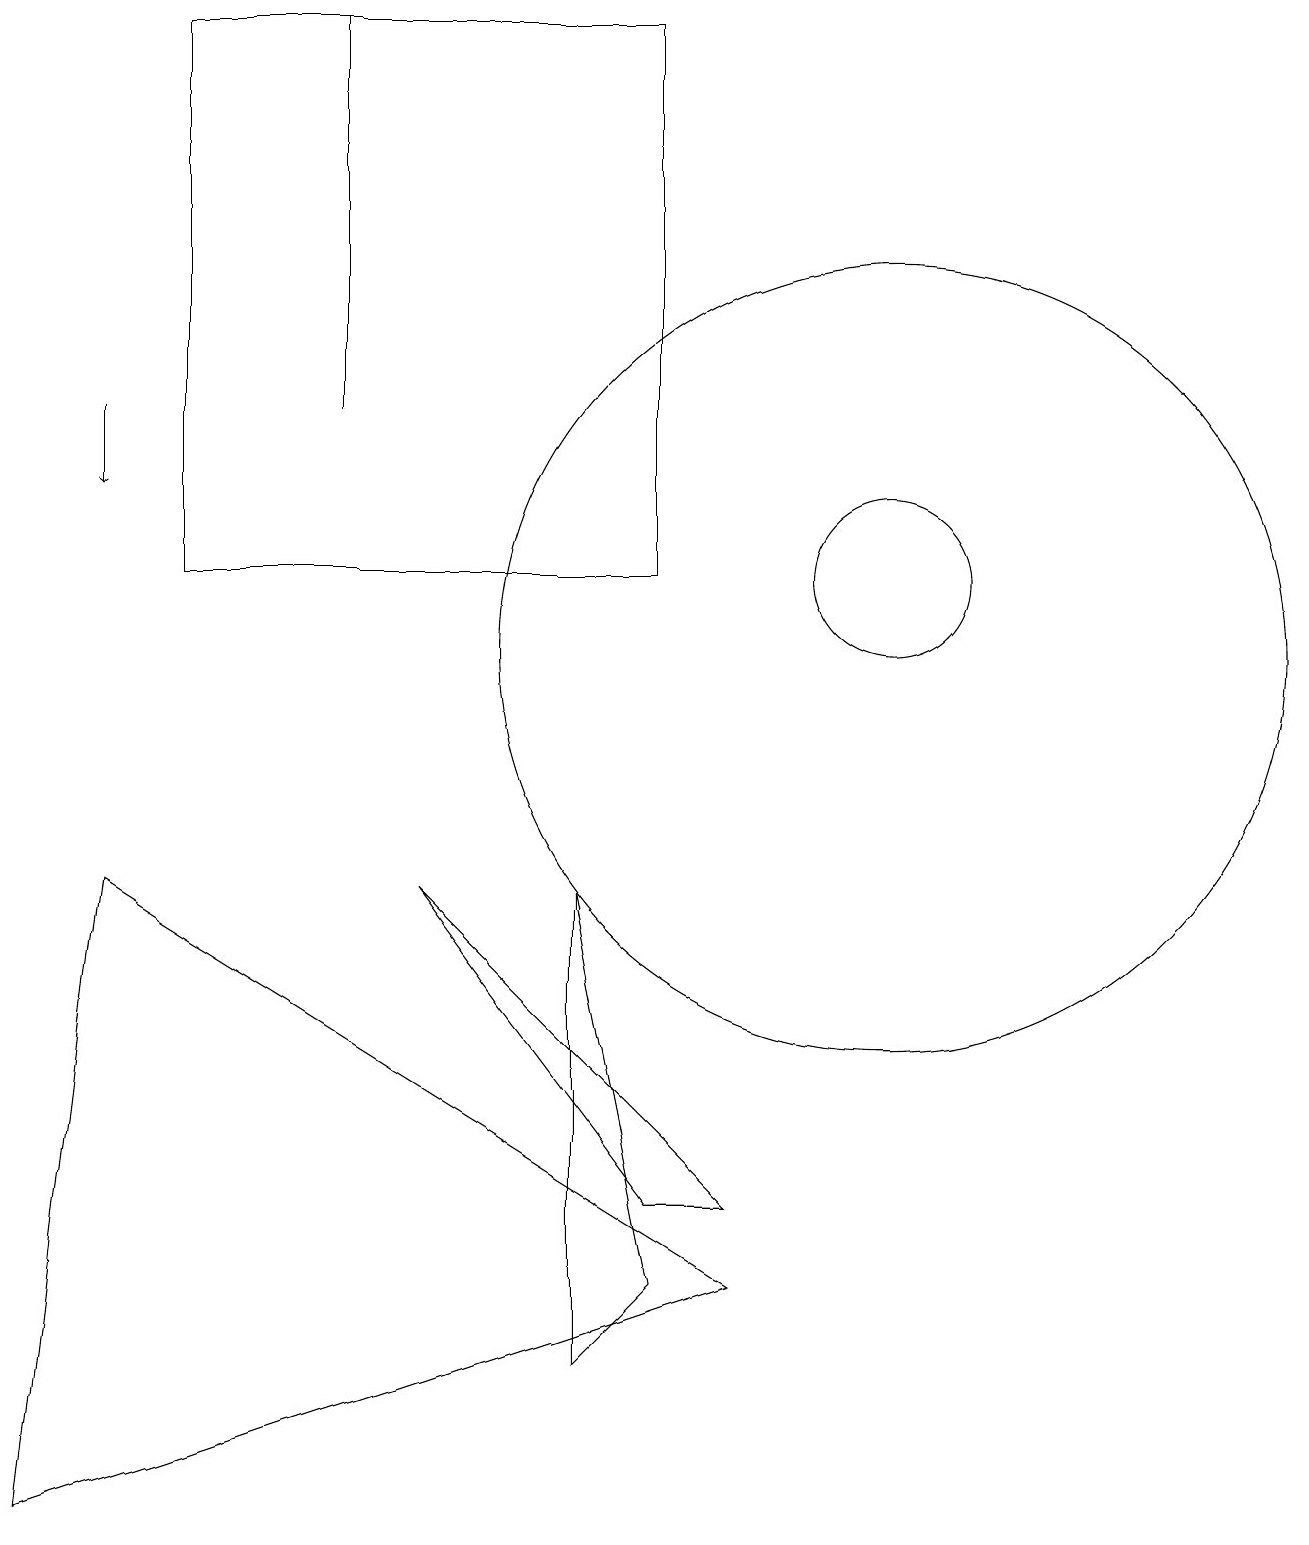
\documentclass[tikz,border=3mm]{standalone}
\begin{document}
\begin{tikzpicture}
\draw (11,11) circle (5);
\draw (4,19) rectangle (4,14);
\draw (0,0) -- (1,8) -- (9,3) -- cycle;
\draw (2,19) rectangle (8,12);
\draw (9,4) -- (8,4) -- (5,8) -- cycle;
\draw (7,2) -- (8,3) -- (7,8) -- cycle;
\draw[->] (1,14) -- (1,13);
\draw (11,12) circle (1);
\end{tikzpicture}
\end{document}